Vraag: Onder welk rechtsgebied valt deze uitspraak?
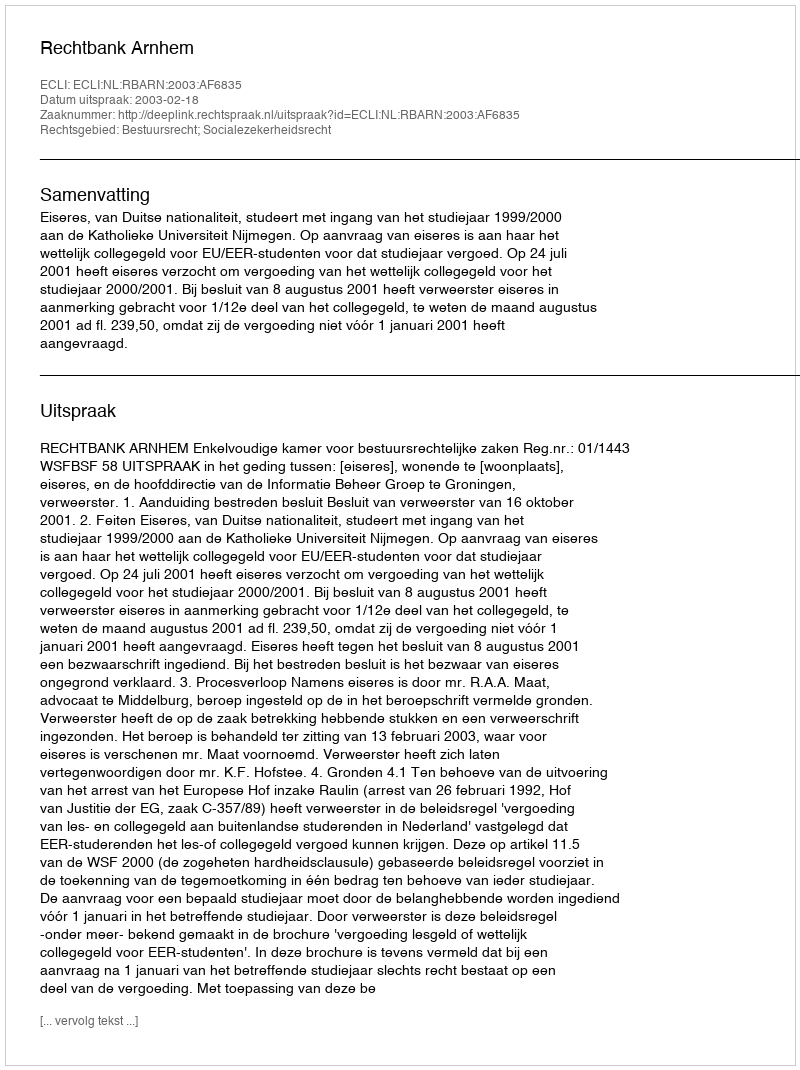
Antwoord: Bestuursrecht; Socialezekerheidsrecht